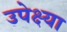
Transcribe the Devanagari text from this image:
उपेक्ष्या